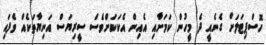
ހޮސްޕިޓަަލަށް ގެނެއީ ދެ މީހުން ކަމަށާއި އެއިން އެކަކަށްވެސް ސީރިޔަސް އަނިޔާތަކެއް ވެފައި